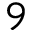
9